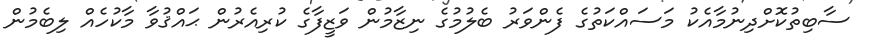
ސާބިތުކޮށްދިނުމާއެކު މަސައްކަތުގެ ފެންވަރު ބެލުމުގެ ނިޒާމުން ވަޒީފާގެ ކުރިއެރުން ޙައްޤުވާ މާކުހެއް ލިބެމުން